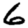
Digit: 6